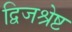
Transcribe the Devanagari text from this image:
द्विजश्रेष्ट